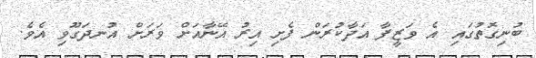
ބުނިގޮތުގައި އެ ވަޒީފާ އަދާކުރަން ފެށި އިރު އޭނާއަށް ވަރަށް އުނދަގޫވި އެވެ.